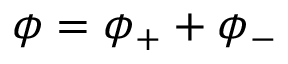
\phi = \phi _ { + } + \phi _ { - }